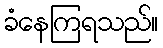
ခံနေကြရသည်။